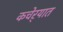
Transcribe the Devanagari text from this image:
कचेर्‍यात